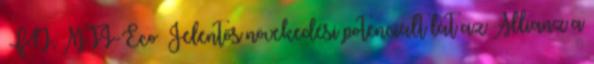
FN, MTI-Eco Jelentős növekedési potenciált lát az Allianz a